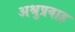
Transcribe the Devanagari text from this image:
अश्रुप्रवाह